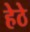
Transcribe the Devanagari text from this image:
हेठे